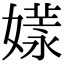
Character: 𡠘